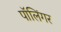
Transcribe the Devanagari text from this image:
पॉलिंगर